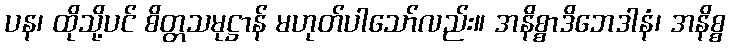
ပန၊ ထိုသို့ပင် စိတ္တသမုဋ္ဌာန် မဟုတ်ပါသော်လည်း။ အနိစ္စာဒိဘေဒါနံ၊ အနိစ္စ